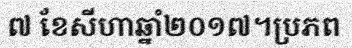
៧ ខែសីហាឆ្នាំ២០១៧។ប្រភព